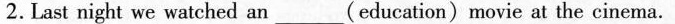
2. Last night we watched an___(education)movie at the cinema.